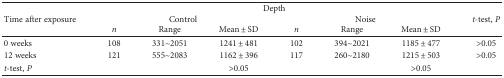
<table><thead><tr><td rowspan="3"><b>Time after exposure</b></td><td colspan="6"><b>Depth</b></td><td rowspan="3"><b><i>t</i>-test, <i>P</i></b></td></tr><tr><td colspan="3"><b>Control</b></td><td colspan="3"><b>Noise</b></td></tr><tr><td><b><i>n</i></b></td><td><b>Range</b></td><td><b>Mean ± SD</b></td><td><b><i>n</i></b></td><td><b>Range</b></td><td><b>Mean ± SD</b></td></tr></thead><tbody><tr><td>0 weeks</td><td>108</td><td>331~2051</td><td>1241 ± 481</td><td>102</td><td>394~2021</td><td>1185 ± 477</td><td>&gt;0.05</td></tr><tr><td>12 weeks</td><td>121</td><td>555~2083</td><td>1162 ± 396</td><td>117</td><td>260~2180</td><td>1215 ± 503</td><td>&gt;0.05</td></tr><tr><td><i>t</i>-test, <i>P</i></td><td></td><td></td><td>&gt;0.05</td><td></td><td></td><td>&gt;0.05</td><td></td></tr></tbody></table>